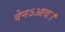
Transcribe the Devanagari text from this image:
वेनऽआवः।